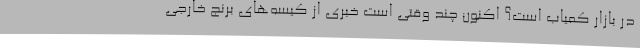
در بازار کمیاب است؟ اکنون چند وقتی است خبری از کیسه‌های برنج خارجی